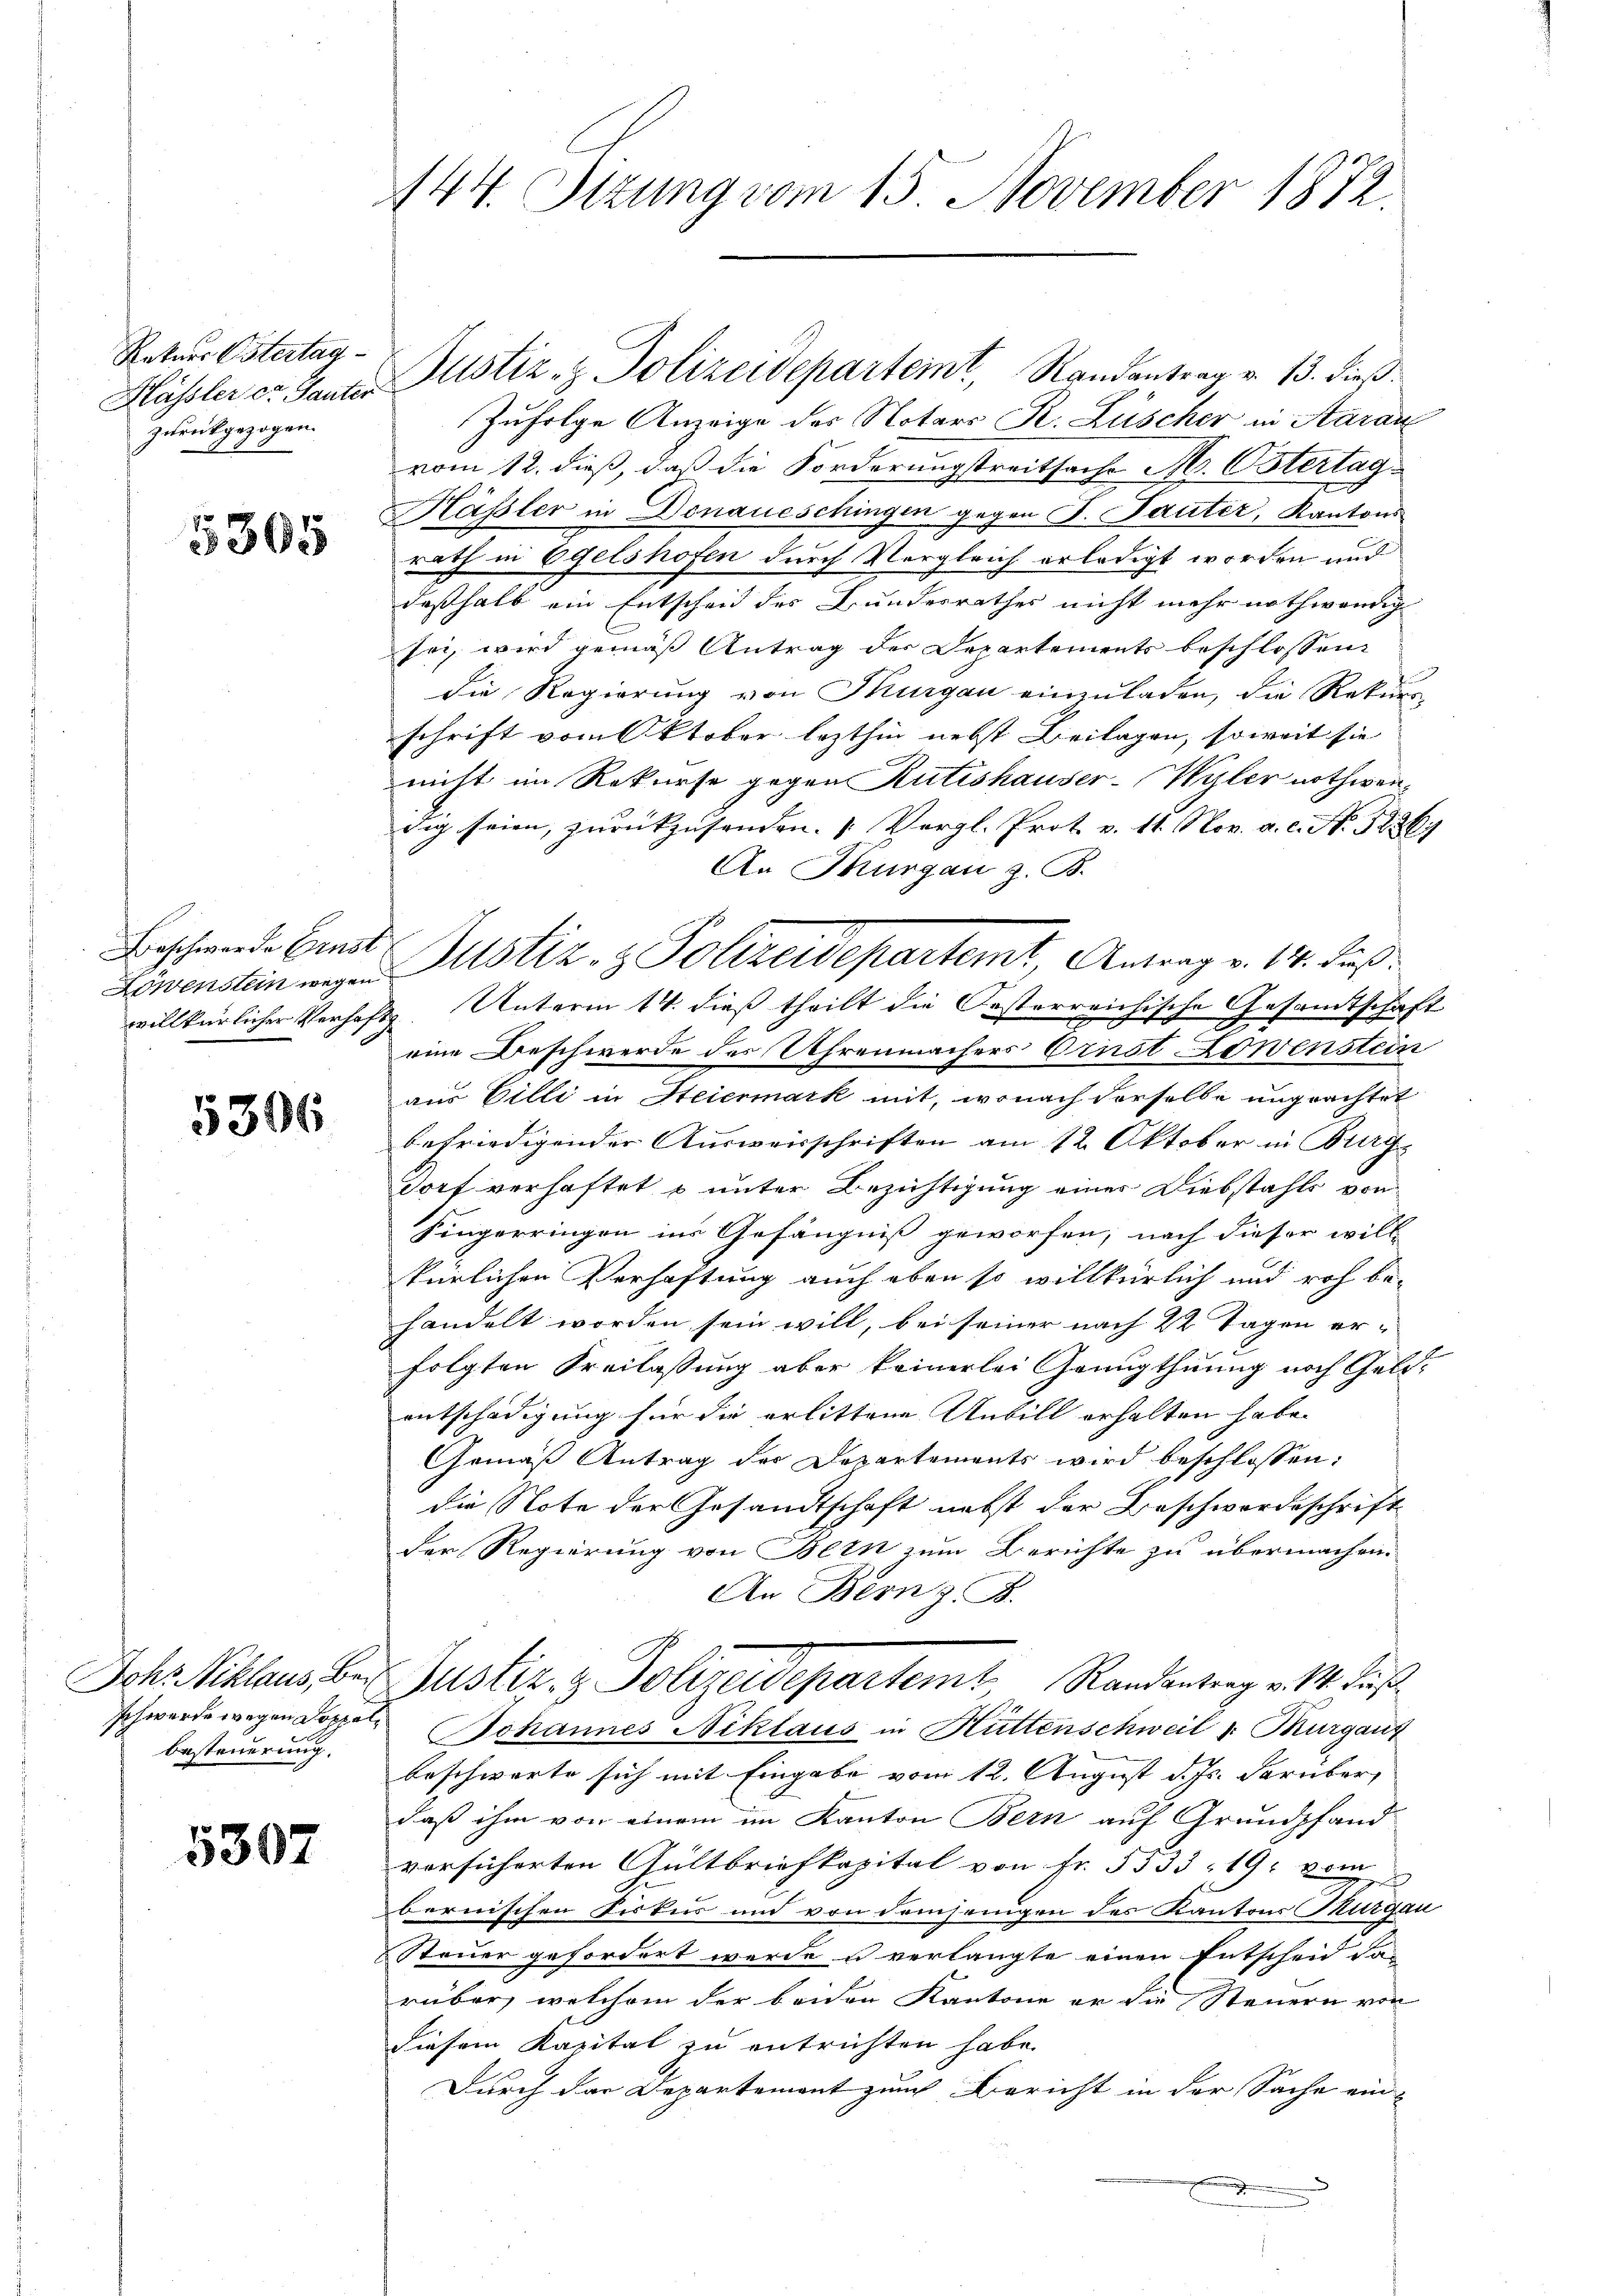
Rekurs Ostertag
Hässler er Sauter
zurückgezogen.

5305

Löwenstein wegen
willkürlicher Verhaft,

5306

Johr Niklaus, Ber
schwerde wegen Doppelbesteuerung.

5307

144. Sitzung vom 15. November 1872.

Justiz- & Polizeideparteint, Randantrag v. 13. dieß
Zufolge Anzeige des Notars R. Lüscher in Aarau
vom 12. dieß, daß die Forderungstreitsache M. Ostertag
Hässler in Donaueschingen gegen J. Lauter, Kantons
rath in Oelshofen durch Vergleich erledigt worden und
deßhalb ein Entscheid des Bundesrathes nicht mehr nothwendig
sei, wird gemäß Antrag der Departements beschlossen:
Die Regierung von Thurgau einzuladen, die Rekurs
schrift vom Oktober lezthin nebst Beilagen, soweit sie
nicht im Rekurse gegen Rütishauser-Wyler nothwendig seien, zurückzusenden. (Vergl. Prot. v. 11. Nov. a. c. No. 5226
An Thurgau z. B.
2. Unterm 14. dieß theilt die Oesterreichische Gesandtschaft
eine Beschwerde des Uhrenmachers Ornst Lowenstein
aus Billi in Steiermark mit, wonach derselbe unprachtet
befriedigender Ausweisschriften am 12. Oktober in Burg
Dorf verhaftet s unter Bezichtigung eines Diebstahls von
Fingerringen ins Gefängniß geworfen, nach dieser will-
kürlichen Verhaftung auch eben so willkürlich und roh behandelt worden sein will, bei seiner nach 22 Tagen erfolgten Freilassung aber keinerlei Genugthuung noch Geld-
entschädigung für die erlittene Unbill erhalten habe.
Gemäß Antrag der Departements wird beschlossen:
die Note der Gesandtschaft nebst der Beschwordeschrift
der Regierung von Bern zum Berichte zu übermachen.
An Bern z. B.
Justiz & Polizeidepartemb. Randentrag v. M. daß
Johannes Niklaus in Hüttenschweil v. Kurgauf
beschwerte sich mit Eingabe vom 12. August d. Js. darüber
daß ihm von einem im Kanton Bern auf Grundpfand
vorsicherten Gültbriefkapital von Fr. 5533 - 19. vom
bernischen Fiskur und von demjenigen des Kantons Thurgau
Steuer gefordert werde u verlangte einen Entscheid da
rüber, welchem der beiden Kantone er die Steuern von
diesem Kapital zu entrichten habe.
Durch der Departemont zum Bericht in der Sache ein-
.

Beschwerde Eine Justiz- & Polizeidepartemt, Antrag v. 14. Fuß